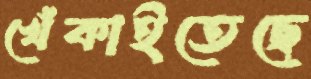
খেঁকাইতেছে